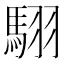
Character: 𮪄